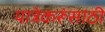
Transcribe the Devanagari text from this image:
यात्रेकरूंसाठी